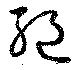
絶